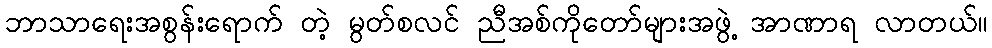
ဘာသာရေးအစွန်းရောက် တဲ့ မွတ်စလင် ညီအစ်ကိုတော်များအဖွဲ့ အာဏာရ လာတယ်။